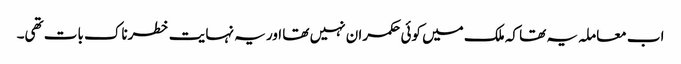
اب معاملہ یہ تھا کہ ملک میں کوئی حکمران نہیں تھا اور یہ نہایت خطرناک بات تھی۔